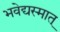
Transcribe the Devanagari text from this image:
भवेद्यस्मात्